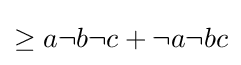
{\textstyle \geq a\neg b\neg c+\neg a\neg bc}